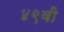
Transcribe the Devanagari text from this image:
४९वी